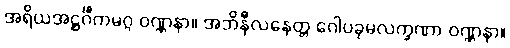
အရိယအဋ္ဌင်္ဂီကမဂ္ဂ ဝဏ္ဏနာ။ အဘိနီလနေတ္တ ဂေါပခုမလက္ခဏာ ဝဏ္ဏနာ။